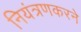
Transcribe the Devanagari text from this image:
नियंत्रणकरने